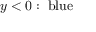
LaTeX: y < 0 : \; { \mathrm { b l u e } }